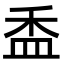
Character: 盉